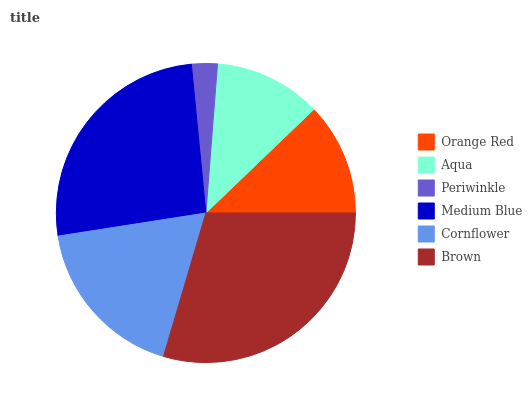
| Orange Red | Aqua | Periwinkle | Medium Blue | Cornflower | Brown |
 | --- | --- | --- | --- | --- | --- |
 | 12.2% | 11.6% | 2.78% | 25.9% | 18% | 29.6% |